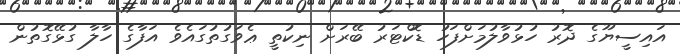
އައިސީޔޫގެ ދޮރު ހުޅުވާލުމަށްފަހު ޑޮކްޓަރު ބޭރަށް ނިކުތީ ޢެވަގުތުގައެވެ އަފާގެ ހާލާ ގުޅޭގޮތުން